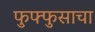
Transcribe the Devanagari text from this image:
फुफ्‍फुसाचा